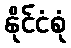
နိုင်ငံစုံ